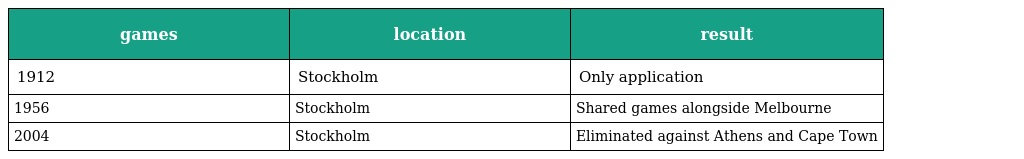
| games | location | result |
 | --- | --- | --- |
 | 1912 | Stockholm | Only application |
 | 1956 | Stockholm | Shared games alongside Melbourne |
 | 2004 | Stockholm | Eliminated against Athens and Cape Town |